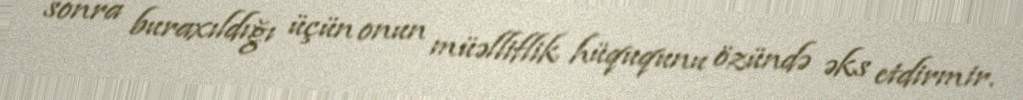
sonra buraxıldığı üçün onun müəlliflik hüququnu özündə əks etdirmir.